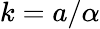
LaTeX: k=a/\alpha